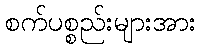
စက်ပစ္စည်းများအား